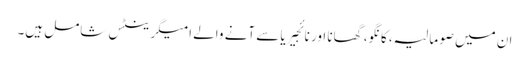
ان میں صومالیہ، کانگو، گھانا اور نائجیریا سے آنے والے امیگرینٹس شامل ہیں۔